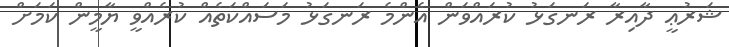
ޝަރުޢީ ދާއިރާ ރަނގަޅު ކުރައްވަން އެންމެ ރަނގަޅު މަސައްކަތެއް ކުރެއްވީ ޔާމީން ކަމަށް